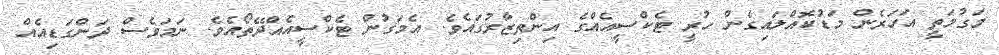
މަގުމަތީ އަހަރެން މަޑުކޮއްލައިގެން ހުރީ ޓެކްސީއެއްގެ އިންތިޒާރުގައެވެ. އެމަގުން ޓެކްސީއެއްދޭތޯއެވެ. ނަމަވެސް ދަންގަޑިއެއް